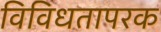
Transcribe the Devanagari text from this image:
विविधतापरक